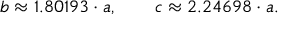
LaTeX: b \approx 1 . 8 0 1 9 3 \cdot a , \qquad c \approx 2 . 2 4 6 9 8 \cdot a .